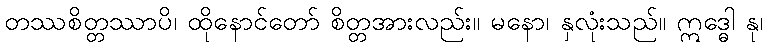
တဿစိတ္တဿာပိ၊ ထိုနောင်တော် စိတ္တအားလည်း။ မနော၊ နှလုံးသည်။ ဣဒ္ဓေါ နု၊